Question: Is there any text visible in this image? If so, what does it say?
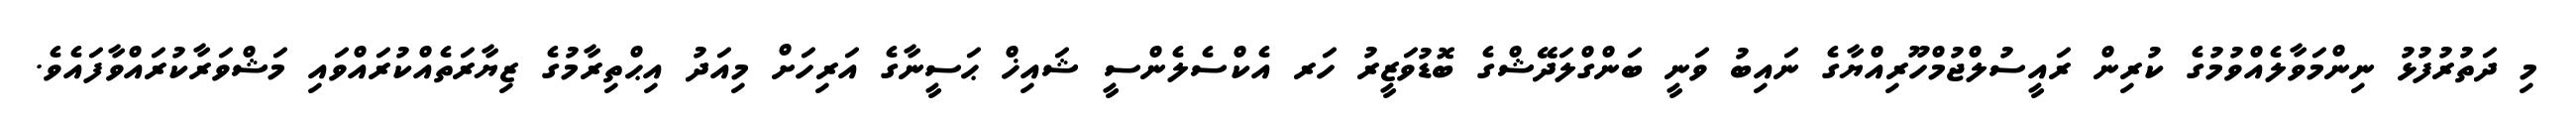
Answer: މި ދަތުރުފުޅު ނިންމަވާލެއްވުމުގެ ކުރިން ރައީސުލްޖުމްހޫރިއްޔާގެ ނައިބު ވަނީ ބަންގްލަދޭޝްގެ ބޮޑުވަޒީރު ހަރ އެކްސެލެންސީ ޝައިޚް ޙަސީނާގެ އަރިހަށް މިއަދު އިޙްތިރާމުގެ ޒިޔާރަތެއްކުރައްވައި މަޝްވަރާކުރައްވާފައެވެ.